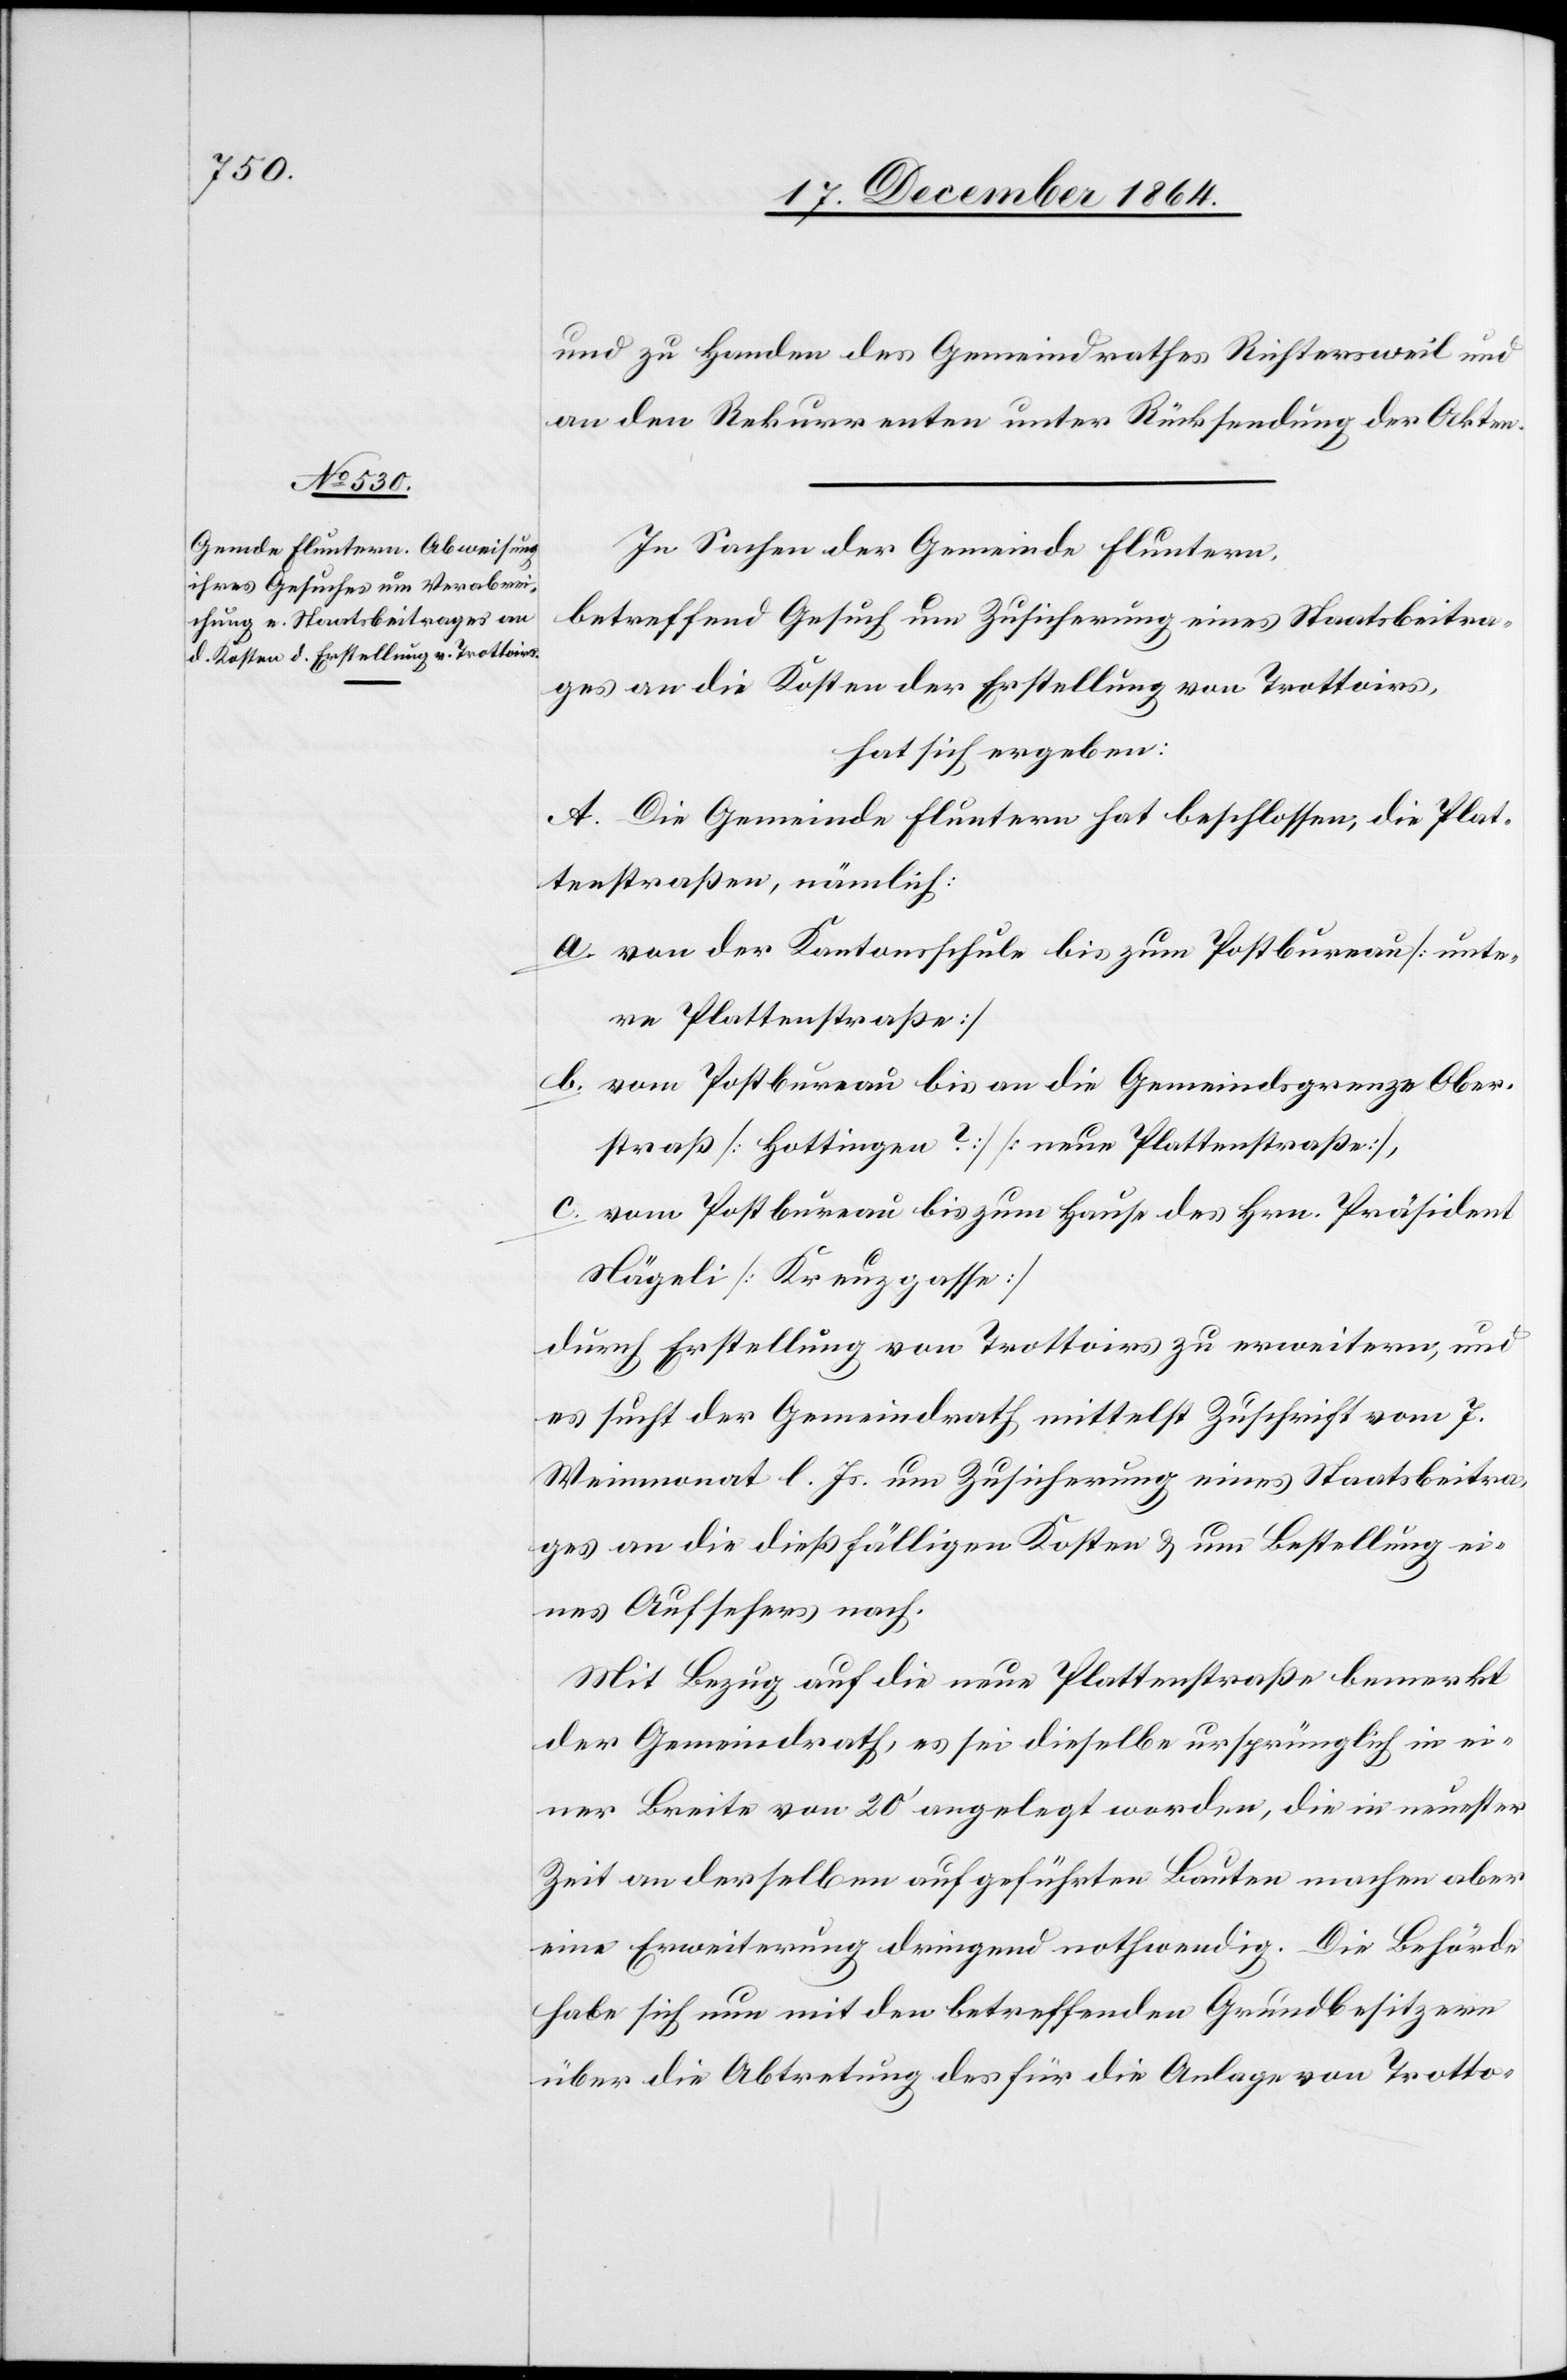
und zu Handen des Gemeindrathes Richtersweil und
an den Rekurrenten unter Rücksendung der Akten.
In Sachen der Gemeinde Fluntern,
betreffend Gesuch um Zusicherung eines Staatsbeitra¬
ges an die Kosten der Erstellung von Trottoirs,
hat sich ergeben:
A. Die Gemeinde Fluntern hat beschlossen, die Plat¬
tenstraßen, nämlich:
a. von der Kantonsschule bis zum Postbureau [unte¬
re Plattenstraße]
b. vom Postbureau bis an die Gemeindsgrenze Ober¬
straß [Hottingen?] [neue Plattenstraße],
c. vom Postbureau bis zum Hause des Hrn. Präsident
Nägeli [Kreuzgasse]
durch Erstellung von Trottoirs zu erweitern, und
es sucht der Gemeindrath mittelst Zuschrift vom 7.
Weinmonat l. Js. um Zusicherung eines Staatsbeitra¬
ges an die dießfälligen Kosten & um Bestellung ei¬
nes Aufsehers nach.
Mit Bezug auf die neue Plattenstraße bemerkt
der Gemeindrath, es sei dieselbe ursprünglich in ei¬
ner Breite von 20’ angelegt worden, die in neuester
Zeit an derselben aufgeführten [recte: ausgeführten] Bauten
eine Erweiterung dringend nothwendig. Die Behörde
habe sich nun mit den betreffenden Grundbesitzern
über die Abtretung des für die Anlage von Trotto-